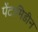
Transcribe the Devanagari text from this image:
पेंटामिडीन